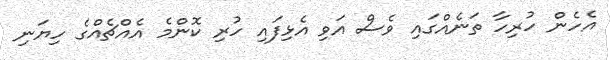
އެހެން ހުރިހާ ތަނެއްގައި ވެސް އަވި އެޅިފައި ހުރި ކޮންމެ އެއްޗެއްގެ ހިޔަނި